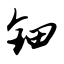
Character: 钿